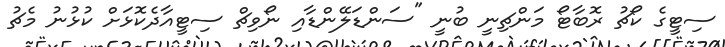
ސިޓީގެ ކޯޗު ރޮބާޓޯ މަންޗިނީ ބުނީ "ސަންޑަލޭންޑާއި ނޯވިޗް ސިޓީއާދެކޮޅަށް ކުޅުނު މެޗު